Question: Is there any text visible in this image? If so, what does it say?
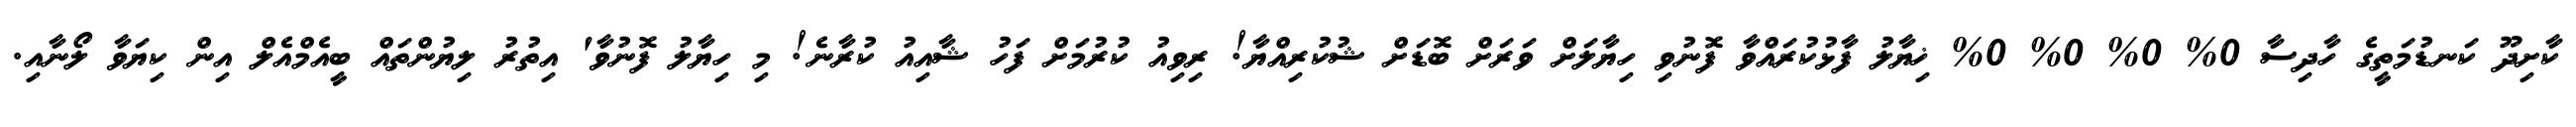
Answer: ކާށިދޫ ކަނޑުމަތީގެ ހާދިސާ 0% 0% 0% 0% ޚިޔާލު ފާޅުކުރައްވާ ފޮނުވި ހިޔާލަށް ވަރަށް ބޮޑަށް ޝުކުރިއްޔާ! ރިވިއު ކުރުމަށް ފަހު ޝާއިއު ކުރާނެ! މި ހިޔާލު ފޮނުވާ' އިތުރު ލިޔުންތައް ބީއެމްއެލް އިން ކިޔަވާ ލޯނާއި.